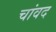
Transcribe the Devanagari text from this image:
चांवद